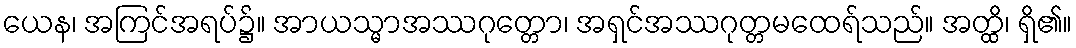
ယေန၊ အကြင်အရပ်၌။ အာယသ္မာအဿဂုတ္တော၊ အရှင်အဿဂုတ္တမထေရ်သည်။ အတ္ထိ၊ ရှိ၏။